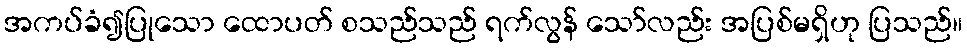
အကပ်ခံ၍ပြုသော ထောပတ် စသည်သည် ရက်လွန် သော်လည်း အပြစ်မရှိဟု ပြသည်။